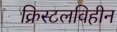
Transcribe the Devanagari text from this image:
क्रिस्टलविहीन